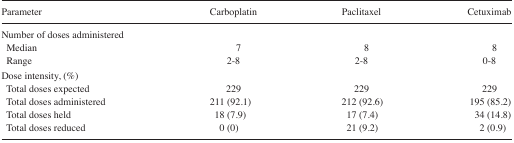
<table><thead><tr><td><b>Parameter</b></td><td><b>Carboplatin</b></td><td><b>Paclitaxel</b></td><td><b>Cetuximab</b></td></tr></thead><tbody><tr><td>Number of doses administered</td><td></td><td></td><td></td></tr><tr><td>Median</td><td>7</td><td>8</td><td>8</td></tr><tr><td>Range</td><td>2–8</td><td>2–8</td><td>0–8</td></tr><tr><td>Dose intensity, (%)</td><td></td><td></td><td></td></tr><tr><td>Total doses expected</td><td>229</td><td>229</td><td>229</td></tr><tr><td>Total doses administered</td><td>211 (92.1)</td><td>212 (92.6)</td><td>195 (85.2)</td></tr><tr><td>Total doses held</td><td>18 (7.9)</td><td>17 (7.4)</td><td>34 (14.8)</td></tr><tr><td>Total doses reduced</td><td>0 (0)</td><td>21 (9.2)</td><td>2 (0.9)</td></tr></tbody></table>